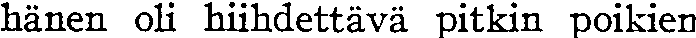
hänen oli hiihdettävä pitkin poikien